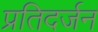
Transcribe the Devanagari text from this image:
प्रतिदर्जन